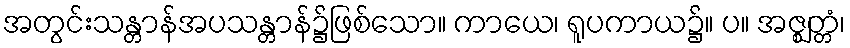
အတွင်းသန္တာန်အပသန္တာန်၌ဖြစ်သော။ ကာယေ၊ ရူပကာယ၌။ ပ။ အဇ္ဈတ္တံ၊